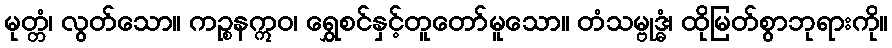
မုတ္တံ၊ လွတ်သော။ ကဉ္စနဣဝ၊ ရွှေစင်နှင့်တူတော်မူသော။ တံသမ္ဗုဒ္ဓံ၊ ထိုမြတ်စွာဘုရားကို။